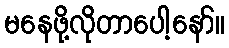
မနေဖို့လိုတာပေါ့နော်။